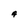
Character: A